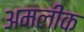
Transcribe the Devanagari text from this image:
अमलीक